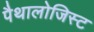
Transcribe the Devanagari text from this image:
पैथालोजिस्ट